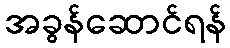
အခွန်ဆောင်ရန်